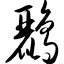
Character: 鹂